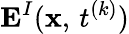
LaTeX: {\mathbf E}^{I}({\mathbf x},\, t^{(k)})